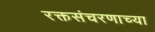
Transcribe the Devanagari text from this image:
रक्तसंचरणाच्या